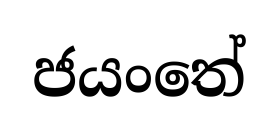
ජයංතේ